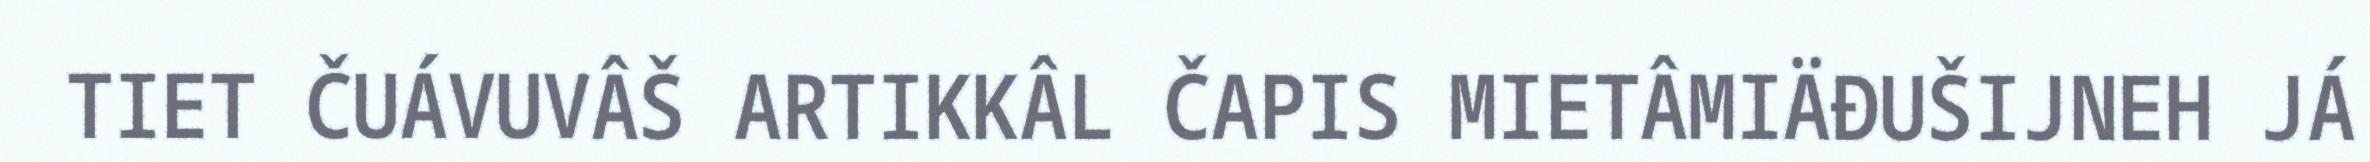
TIET ČUÁVUVÂŠ ARTIKKÂL ČAPIS MIETÂMIÄĐUŠIJNEH JÁ